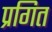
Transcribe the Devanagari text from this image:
प्रगित